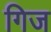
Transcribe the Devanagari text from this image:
गिज